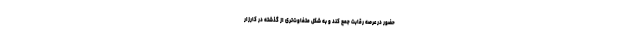
حضور در عرصه رقابت جمع کند و به شکل متفاوت‌تری از گذشته در کارزار